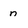
Character: n